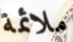
ملائمة